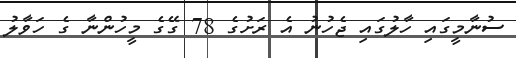
ސުނާމީގައި ހާލުގައި ޖެހުނު އެ ރަށުގެ 78 ގޭގެ މީހުންނާ ގެ ހަވާލު